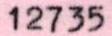
12735